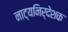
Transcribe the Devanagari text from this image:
नाट्यनिर्देशक